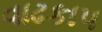
વાઢકાપ